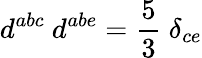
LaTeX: d^{abc}~d^{abe}=\frac{5}{3}~\delta_{ce}